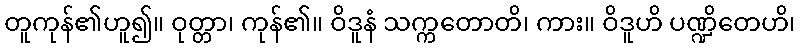
တူကုန်၏ဟူ၍။ ဝုတ္တာ၊ ကုန်၏။ ဝိဒူနံ သက္ကတောတိ၊ ကား။ ဝိဒူဟိ ပဏ္ဍိတေဟိ၊